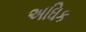
અઘિક